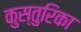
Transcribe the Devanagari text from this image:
कुस्तुरिका